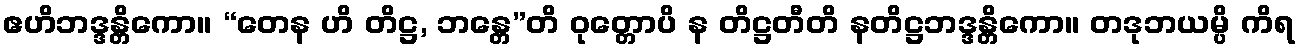
ဧဟိဘဒ္ဒန္တိကော။ “တေန ဟိ တိဋ္ဌ, ဘန္တေ”တိ ဝုတ္တောပိ န တိဋ္ဌတီတိ နတိဋ္ဌဘဒ္ဒန္တိကော။ တဒုဘယမ္ပိ ကိရ